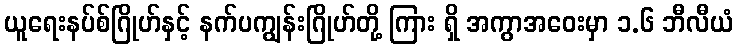
ယူရေးနပ်စ်ဂြိုဟ်နှင့် နက်ပကျွန်းဂြိုဟ်တို့ ကြား ရှိ အကွာအဝေးမှာ ၁.၆ ဘီလီယံ